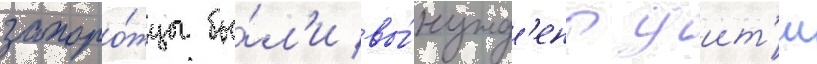
запоро́жцы бы́л'и вы́нужд'ены уит'и